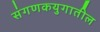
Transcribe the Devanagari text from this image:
संगणकयुगातील